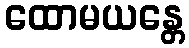
ထောမယန္တေ